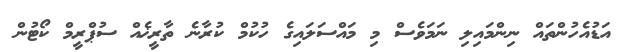
އަޑުއެހުންތައް ނިންމައިލި ނަމަވެސް މި މައްސަލައިގެ ހުކުމް ކުރާނެ ތާރީޚެއް ސުޕްރީމް ކޯޓުން